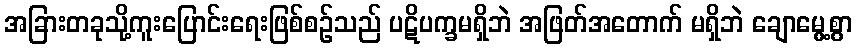
အခြားတခုသို့ကူးပြောင်းရေးဖြစ်စဉ်သည် ပဋိပက္ခမရှိဘဲ အဖြတ်အတောက် မရှိဘဲ ချောမွေ့စွာ